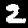
Label: 2